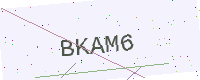
Text: BKAM6